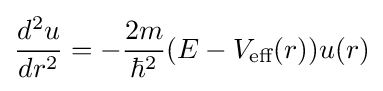
{\frac {d^{2}u}{dr^{2}}}=-{\frac {2m}{\hbar ^{2}}}(E-V_{\text{eff}}(r))u(r)